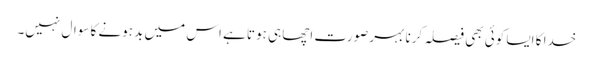
خدا کا ایسا کوئی بھی فیصلہ کرنا بہرصورت اچھا ہی ہوتا ہے اس میں بد ہونے کا سوال نہیں۔